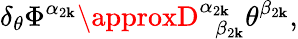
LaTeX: \delta_{\theta}\Phi^{\alpha_{2\mathbf{k}}}\approxD_{\; \; \beta_{2\mathbf{k}}}^{\alpha_{2\mathbf{k}}}\theta^{\beta_{2\mathbf{k}}},